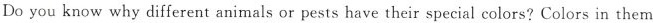
Do you know why different animals or pests have their special colors? Colors in them